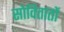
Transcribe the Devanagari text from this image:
सोवितातों